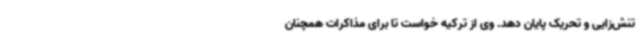
تنش‌زایی و تحریک پایان دهد. وی از ترکیه خواست تا برای مذاکرات همچنان